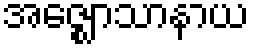
အဇ္ဈောသာနာယ